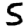
Digit: 5